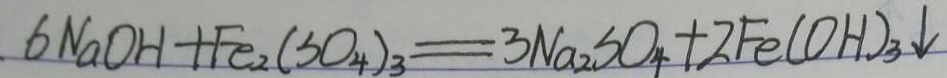
6 N a O H + F e _ { 2 } ( S O _ { 4 } ) _ { 3 } = 3 N a _ { 2 } S O _ { 4 } + 2 F e ( O H ) _ { 3 } \downarrow